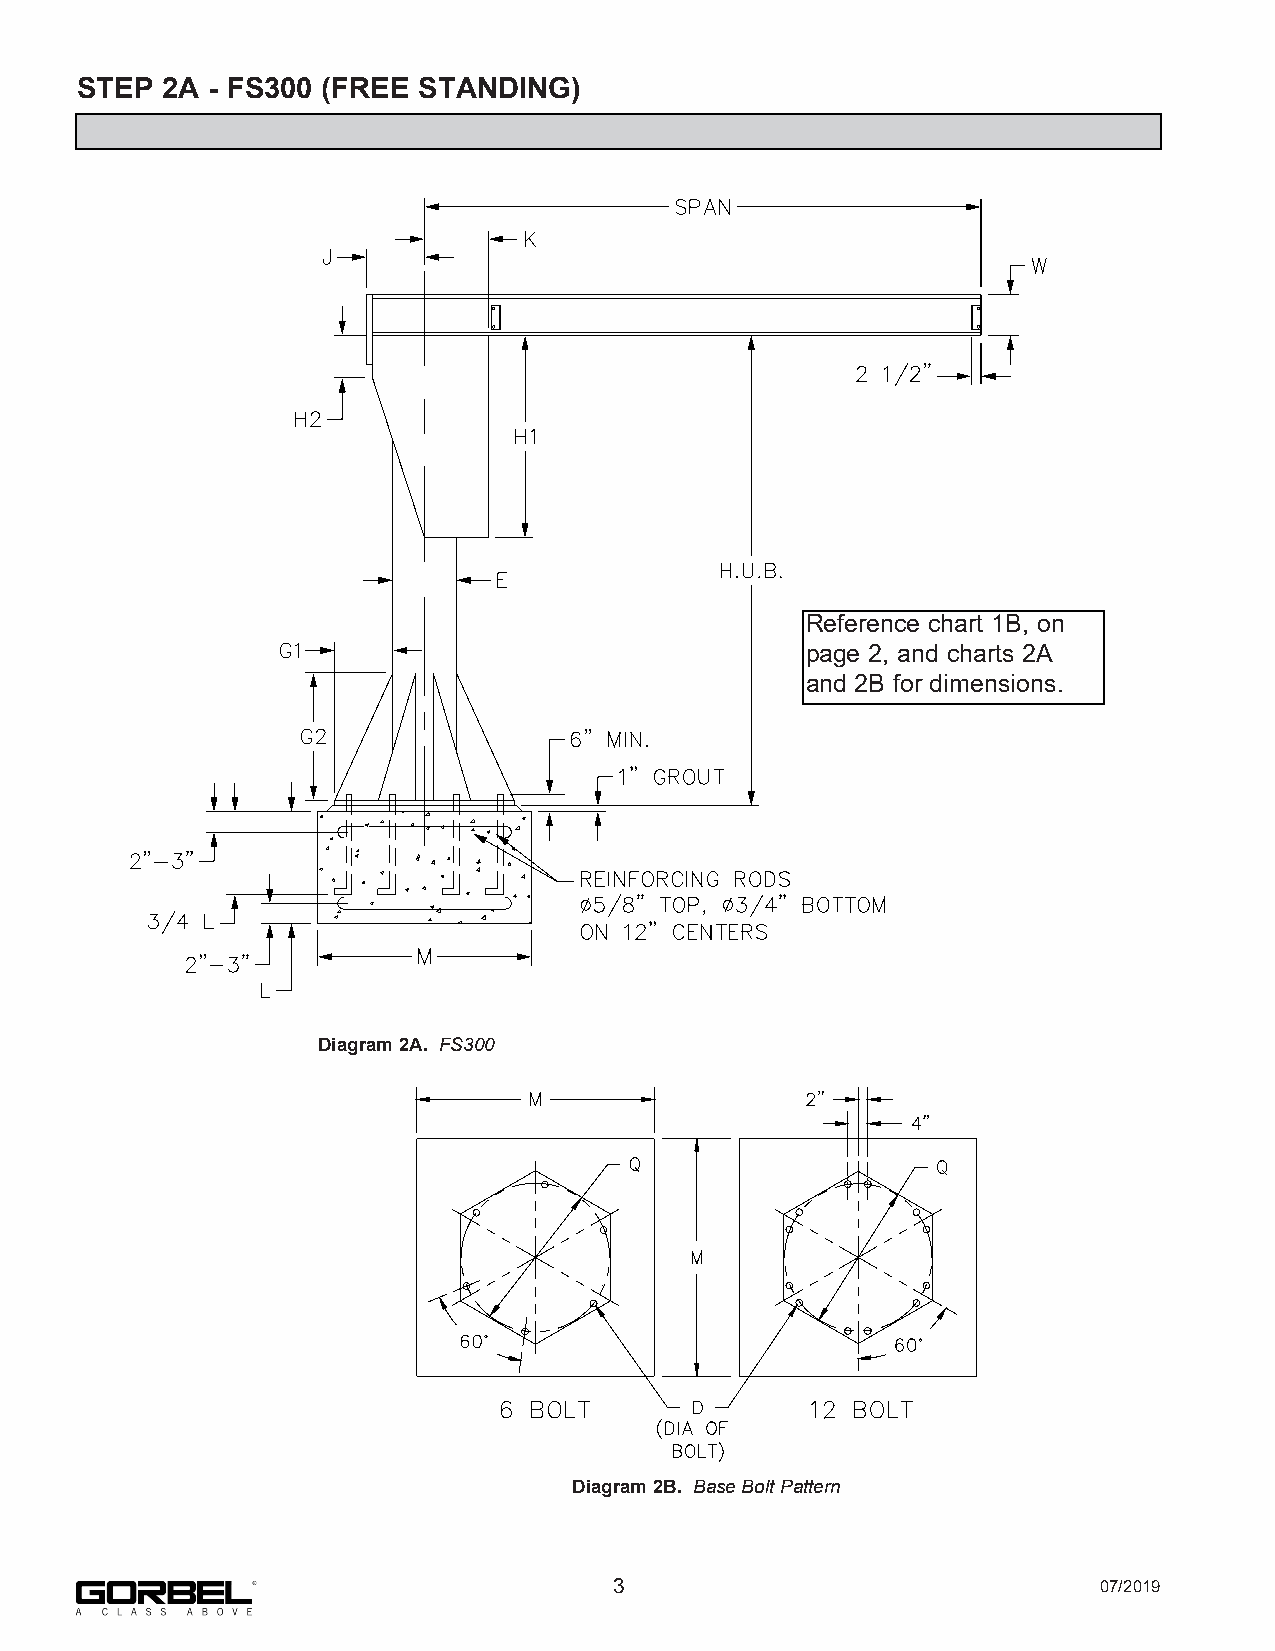
STEP  2A - FS300 (FREE STANDING)
 Reference chart 1B, on
 page 2, and charts 2A
 and 2B for dimensions.
 Diagram 2A. FS300
 Diagram 2B. Base Bolt Pattern
 3                               07/2019